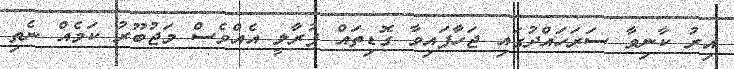
އިރު ކާނިވާ ސަރަހައްދުގައި ޖަހާފައިވާ ގޮޑިތައް ފުރާލީ އެއްވެސް މަޖުބޫރު ކަމެއް ނެތި